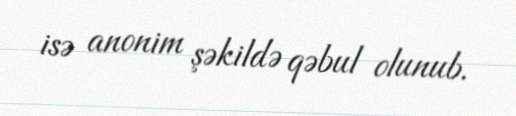
isə anonim şəkildə qəbul olunub.